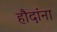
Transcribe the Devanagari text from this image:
हौदांना